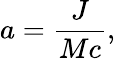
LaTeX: a={\frac{J}{Mc}},